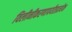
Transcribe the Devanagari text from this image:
विलीनीकरणापर्यंतप्रत्येक